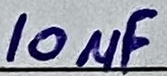
Text: 10µF